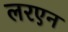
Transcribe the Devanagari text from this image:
लरएन